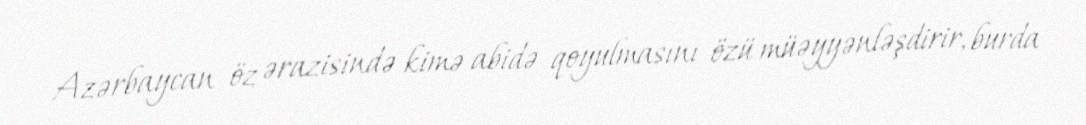
Azərbaycan öz ərazisində kimə abidə qoyulmasını özü müəyyənləşdirir, burda